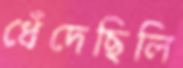
ধেঁদেছিলি